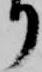
り